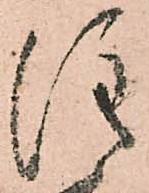
注